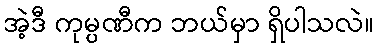
အဲ့ဒီ ကုမ္ပဏီက ဘယ်မှာ ရှိပါသလဲ။